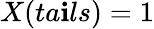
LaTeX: X(ta\mathbf{i}ls)=1